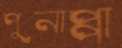
পুনাপ্পা